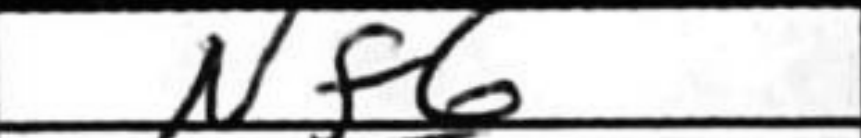
Transcription: Nf6